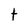
Character: t